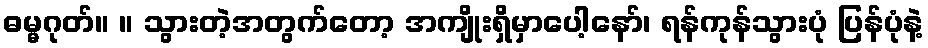
ဓမ္မဂုတ်။ ။ သွားတဲ့အတွက်တော့ အကျိုးရှိမှာပေါ့နော်၊ ရန်ကုန်သွားပုံ ပြန်ပုံနဲ့